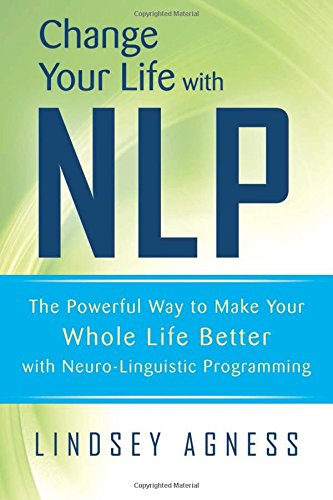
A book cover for Change Your Life with NLP: The Powerful Way to Make Your Whole Life Better with Neuro-Linguistic Programming; Lindsey Agness; Self-Help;